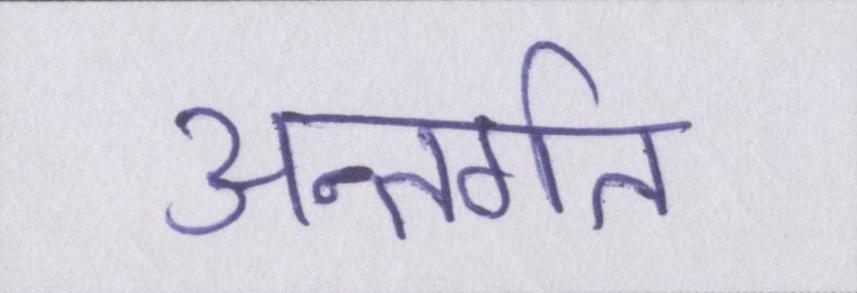
अन्तर्गत